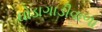
ઘોડાગાડીવાળા